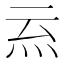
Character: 𭴉